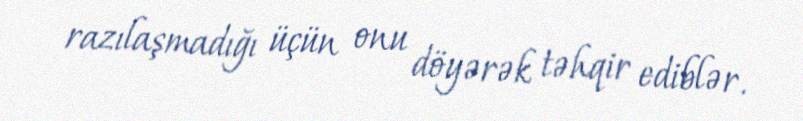
razılaşmadığı üçün onu döyərək təhqir ediblər.